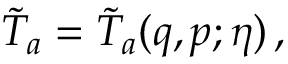
\tilde { T } _ { a } = \tilde { T } _ { a } ( q , p ; \eta ) \, ,